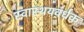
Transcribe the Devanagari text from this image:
स्वास्थयवर्धक